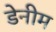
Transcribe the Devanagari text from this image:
डेनीम